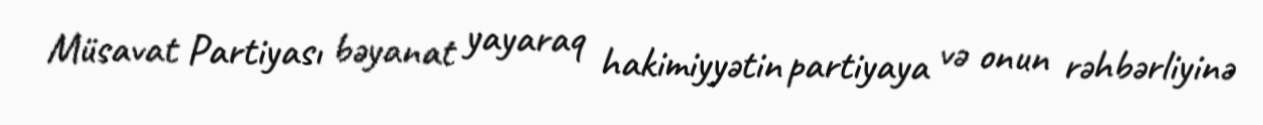
Müsavat Partiyası bəyanat yayaraq hakimiyyətin partiyaya və onun rəhbərliyinə